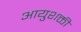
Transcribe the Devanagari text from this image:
आयुशक्ती